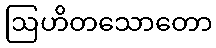
ဩဟိတသောတော